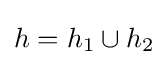
h=h_{1}\cup h_{2}